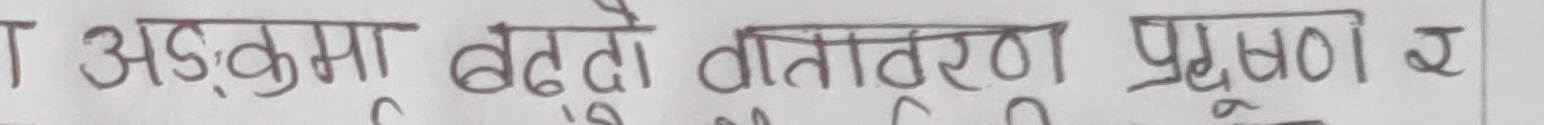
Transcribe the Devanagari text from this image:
अड्‌कुमा बढ्दो वातावरण प्रदूषण र